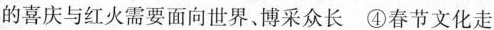
的喜庆与红火需要面向世界、博采众长④春节文化走